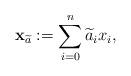
LaTeX: \begin{align*}\mathbf{x}_{\widetilde{a}}:=\sum_{i=0}^n \widetilde{a}_ix_i,\end{align*}